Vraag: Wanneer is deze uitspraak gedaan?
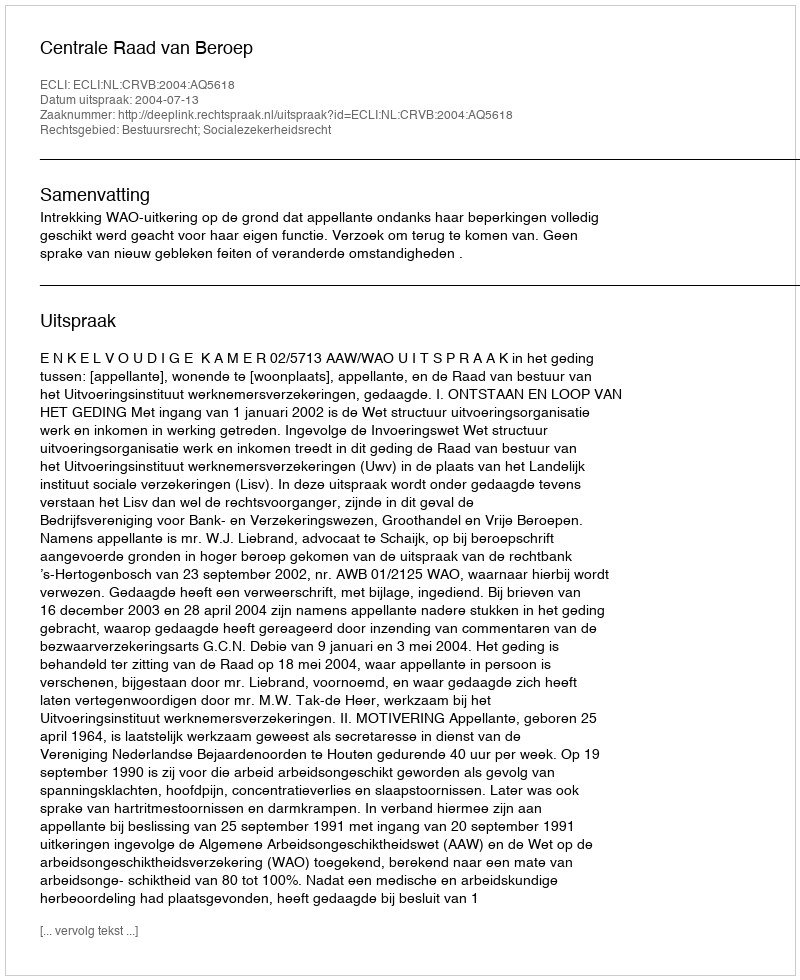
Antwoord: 2004-07-13